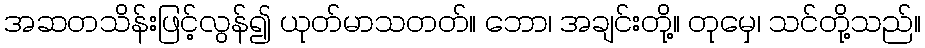
အဆတသိန်းဖြင့်လွန်၍ ယုတ်မာသတတ်။ ဘော၊ အချင်းတို့။ တုမှေ၊ သင်တို့သည်။